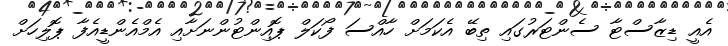
އެއީ ޑިޒާސްޓާ ސެންޓަރުގައި ތިބޭ އެކަމަށް ހާއްސަ ފޯކަލް ޕޮއިންޓުންނަށާއި އެމްއެންޑީއެފާ ޕޮލިހަށް